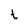
Character: t